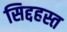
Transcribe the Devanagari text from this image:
सिद्दहस्त